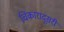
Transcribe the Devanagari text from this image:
चिंकारादूसरी